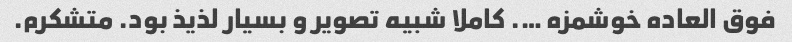
فوق العاده خوشمزه …. کاملا شبیه تصویر و بسیار لذیذ بود. متشکرم.